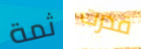
ثمة قدرت